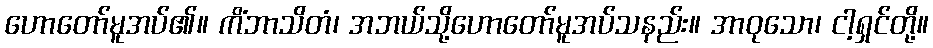
ဟောတော်မူအပ်၏။ ကိံဘာသိတံ၊ အဘယ်သို့ဟောတော်မူအပ်သနည်း။ အာဝုသော၊ ငါ့ရှင်တို့။